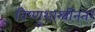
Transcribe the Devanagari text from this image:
विष्णुशास्त्रींनंतर